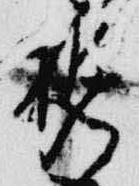
携